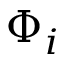
\Phi _ { i }